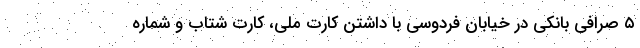
۵ صرافی بانکی در خیابان فردوسی با داشتن کارت ملی، کارت شتاب و شماره